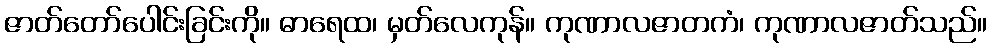
ဇာတ်တော်ပေါင်းခြင်းကို။ ဓာရေထ၊ မှတ်လေကုန်။ ကုဏာလဇာတကံ၊ ကုဏာလဇာတ်သည်။